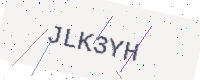
Text: JLK3YH